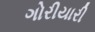
ગોરીયારી